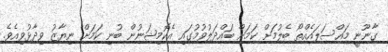
ގާނޫނީ މައްސަލައެއްތޯ ބެލުމަށް ކަމަށް ބައްދަލުވުމުގައި އެކޮމިޝަނުން ބުނި ކަމަށް ނިޔާޒު ވިދާޅުވިއެވެ.